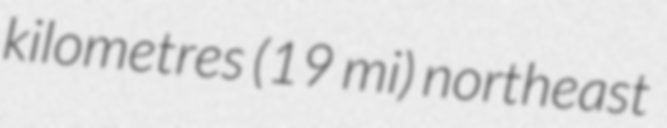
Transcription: kilometres (19 mi) northeast